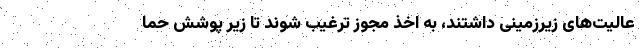
عالیت‌های زیرزمینی داشتند، به اخذ مجوز ترغیب شوند تا زیر پوشش حما